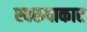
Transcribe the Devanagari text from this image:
स्वरूपाकार